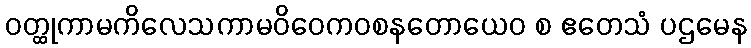
ဝတ္ထုကာမကိလေသကာမဝိဝေကဝစနတောယေဝ စ ဧတေသံ ပဌမေန